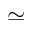
\simeq